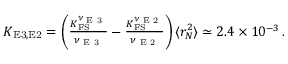
\begin{array} { r } { \! \! K _ { \mathrm { { E 3 , E 2 } } } = \left( \frac { K _ { \mathrm { F S } } ^ { \nu _ { \textrm { E 3 } } } } { \nu _ { \textrm { E 3 } } } - \frac { K _ { \mathrm { F S } } ^ { \nu _ { \textrm { E 2 } } } } { \nu _ { \textrm { E 2 } } } \right) \langle r _ { N } ^ { 2 } \rangle \simeq 2 . 4 \times 1 0 ^ { - 3 } \, . } \end{array}